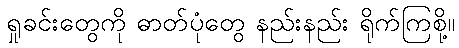
ရှုခင်းတွေကို ဓာတ်ပုံတွေ နည်းနည်း ရိုက်ကြစို့။